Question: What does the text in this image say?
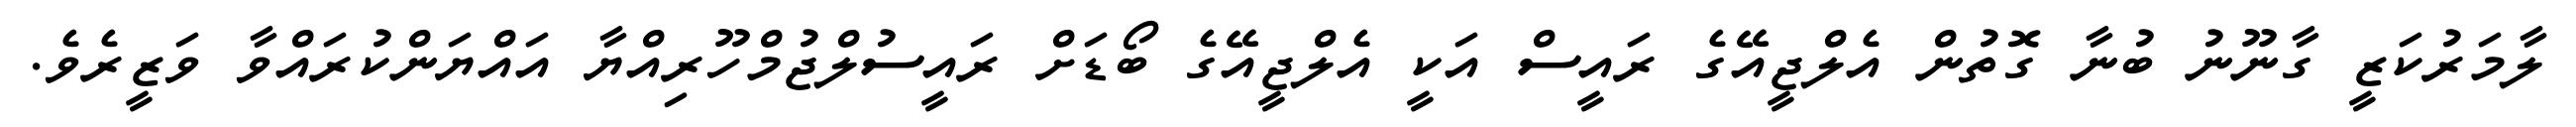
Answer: ލާމަރުކަޒީ ގާނޫނު ބުނާ ގޮތުން އެލްޖީއޭގެ ރައީސް އަކީ އެލްޖީއޭގެ ބޯޑަށް ރައީސުލްޖުމްހޫރިއްޔާ އައްޔަންކުރައްވާ ވަޒީރެވެ.